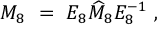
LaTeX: M _ { 8 } \ = \ E _ { 8 } \widehat M _ { 8 } E _ { 8 } ^ { - 1 } \ ,